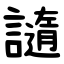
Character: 䜔